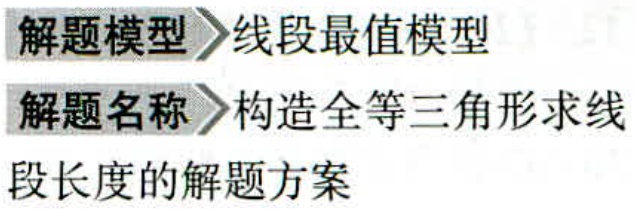
解题模型 线段最值模型

解题名称 构造全等三角形求线

段长度的解题方案